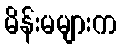
မိန်းမများက